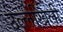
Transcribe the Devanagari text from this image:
उल्लेखिली